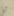
أو